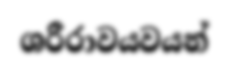
ශරීරාවයවයන්